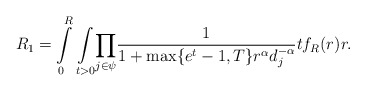
\begin{align*}R_1=\int\limits_{0}^{R}\underset{t>0}\int\underset{j \in \psi}\prod\frac{1}{1+\max\{e^t-1,T\} r^\alpha d_j^{-\alpha}}tf_R(r) r .\end{align*}